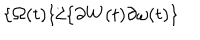
\{ \Omega ( t ) \} / \{ \partial W ( t ) \partial \omega ( t ) \}